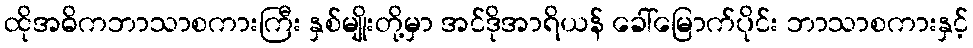
ထိုအဓိကဘာသာစကားကြီး နှစ်မျိုးတို့မှာ အင်ဒိုအာရိယန် ခေါ်မြောက်ပိုင်း ဘာသာစကားနှင့်